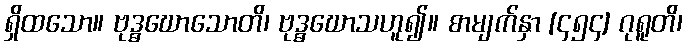
ရှိထသော။ ဗုဒ္ဓဃောသောတိ၊ ဗုဒ္ဓဃောသဟူ၍။ စာမျက်နှာ [၄၅၄] ဂုရူတိ၊